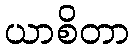
ယာစိတာ